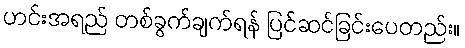
ဟင်းအရည် တစ်ခွက်ချက်ရန် ပြင်ဆင်ခြင်းပေတည်း။